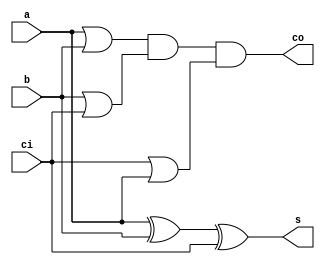
// carry select adder 8bit 

// adder 1bit
module adder1(s, co, a, b, ci);

output s, co;
input  a, b, ci;
wire   o0, o1, o2;

xor(s, a, b, ci);
or(o0, a, b);
or(o1, b, ci);
or(o2, ci, a);
and(co, o0, o1, o2);
   
endmodule // adder

// adder 2 bit
module adder2(s,co,a,b,ci);

output[1:0] s;
output co;
input [1:0] a,b;
input ci;
wire w1;

adder1 a0(s[0],w1,a[0],b[0],ci);
adder1 a1(s[1],co,a[1],b[1],w1);

endmodule

//adder 2bit end

// multiplexer 2
module mux2(out,sel,a,b);
input a,b,sel;
output out;
tri out;
bufif1 (out,a,sel);
bufif0 (out,b,sel);
endmodule 
//mux2 end

// carry ripple adder 4bit
module carryselect4(s,co,a,b,ci,c_0,c_1);
//reg c_0=0;
//reg c_1=1;
output [3:0] s;
output co;
input [3:0] a,b;
input ci,c_0,c_1;
wire c2,w1,w2,w3;
wire [1:0] s_0,s_1;

adder2 a0(s[1:0],c2,a[1:0],b[1:0],ci);
adder2 a1_0(s_0,w1,a[3:2],b[3:2],c_0);
adder2 a1_1(s_1,w2,a[3:2],b[3:2],c_1);

mux2 m0(s[2],c2,s_1[0],s_0[0]);
mux2 m1(s[3],c2,s_1[1],s_0[1]);

and(w3,w2,c2);
or(co,w1,w3);
endmodule

module carryselect8(s,co,a,b,ci,c_0,c_1);
output [7:0] s;
output co;
input [7:0] a,b;
input ci,c_0,c_1;
wire  c4;
carryselect4 cs0(s[3:0],c4,a[3:0],b[3:0],ci,c_0,c_1);
carryselect4 cs1(s[7:4],co,a[7:4],b[7:4],c4,c_0,c_1);
endmodule